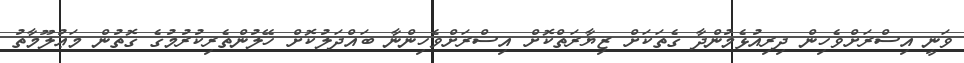
ވަނީ އިސްރަށްވެހިން ދިރިއުޅެމުންދާ ގެތަކަށް ޒިޔާރަތްކޮށް އިސްރަށްވެހިންނާ ބައްދަލުކޮށް ހޭލުންތެރިކުރުމުގެ ގޮތުން މަޢުލޫމާތު